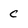
Character: C